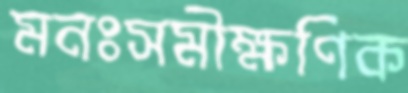
মনঃসমীক্ষণিক